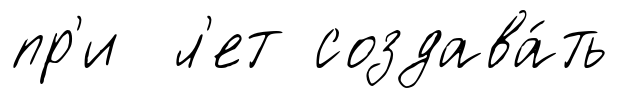
пр'и л'ет создава́ть